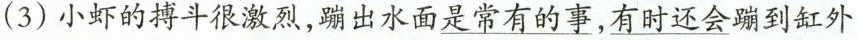
(3)小虾的搏斗很激烈，蹦出水面\underline{是常有的事}，\underline{有时还会}蹦到缸外